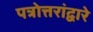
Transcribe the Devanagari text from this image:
पत्रोत्तरांद्वारे